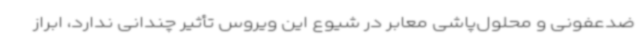
ضدعفونی و محلول‌پاشی معابر در شیوع این ویروس تأثیر چندانی ندارد، ابراز